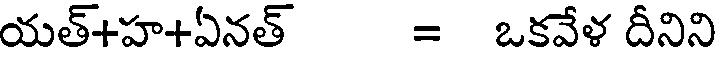
యత్+హ+ఏనత్ = ఒకవేళ దీనిని